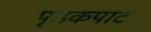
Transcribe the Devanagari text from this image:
पृष्ठकपाट